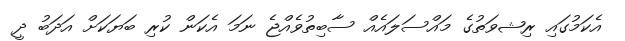
އެކަމުގައި ރިޝވަތުގެ މައްސަލައެއް ސާބިތުވެއްޖެ ނަމަ އެކަން ކުރި ބަޔަކަށް އަދަބު ދީ